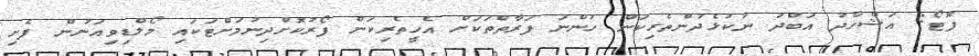
ފޮޓޯ: އަޝްހާދު އަބްދު ނުކުޅެދުންތެރިކަން ހުންނަ ފަރާތްތަކަށް އެހީތެރިކަން ފޯރުކޮށްދިނުމަށްޓަކައި މޯލްޑިވިއަނުން ފެށި